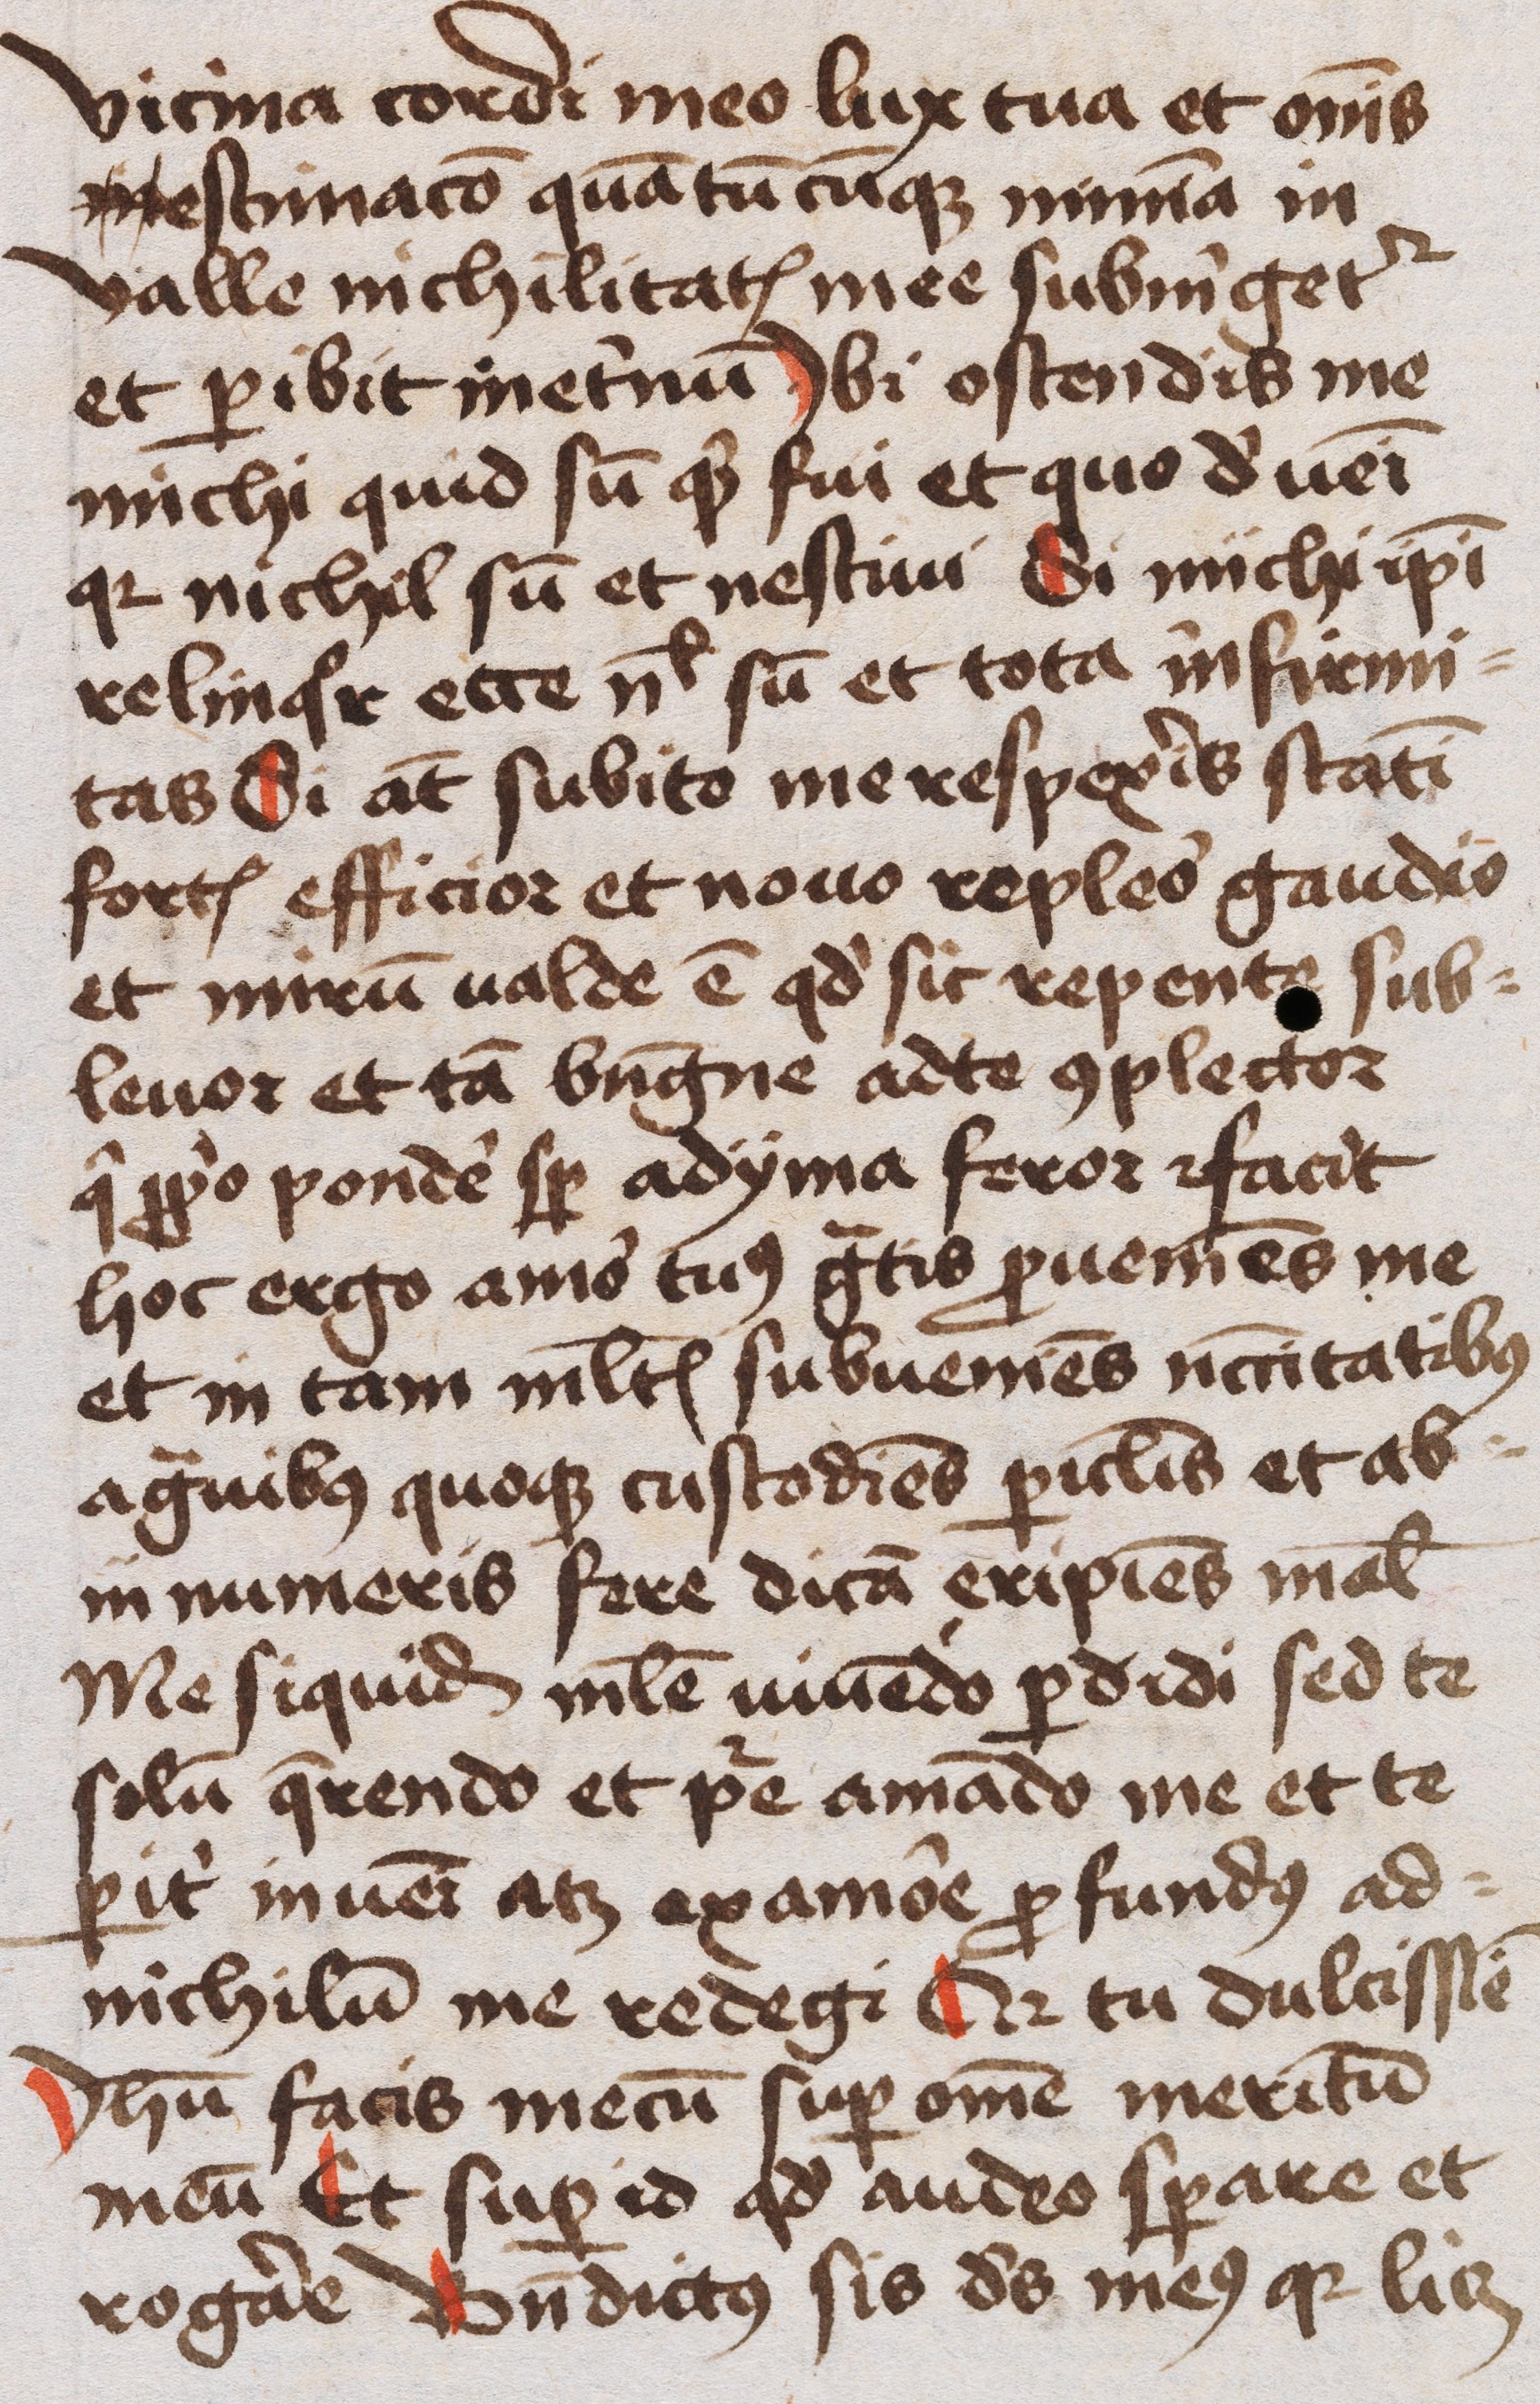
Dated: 1445–1455